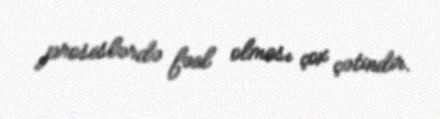
proseslərdə fəal olması çox çətindir.